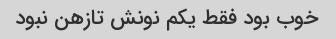
خوب بود فقط یکم نونش تازهن نبود